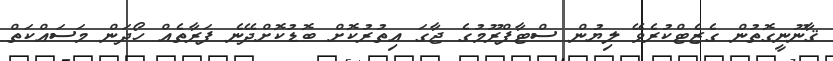
ޤާނޫނީގޮތުން ގެޒެޓްކުރެވޭ ލިޔުން ސްޓާފްރޫމުގެ ޖާގަ އިތުރުކޮށް ބޮޑުކޮށްދޭނެ ފަރާތެއް ހޯދަން މަސައްކަތް